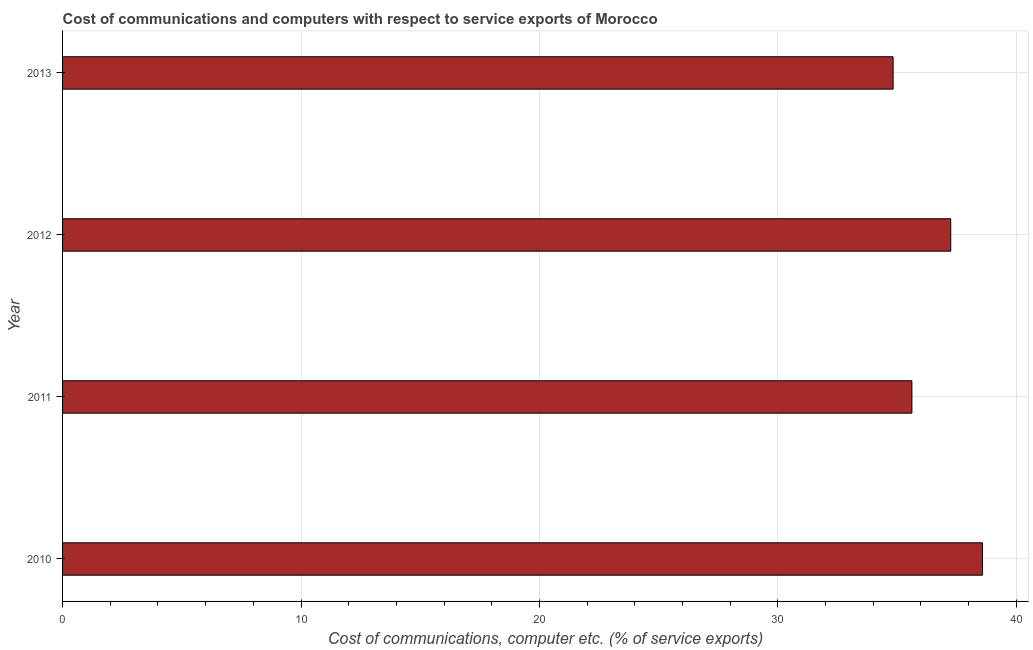
| Year | Communications |
 | --- | --- |
 | 2010 | 38.6 |
 | 2011 | 35.6 |
 | 2012 | 37.2 |
 | 2013 | 34.8 |